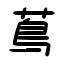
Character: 蔦